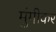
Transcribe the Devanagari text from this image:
मुंगीकर